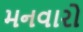
મનવારો